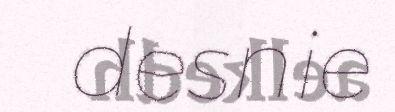
desnie